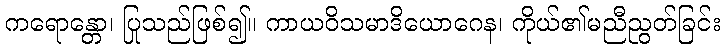
ကရောန္တော၊ ပြုသည်ဖြစ်၍။ ကာယဝိသမာဒိယောဂေန၊ ကိုယ်၏မညီညွတ်ခြင်း